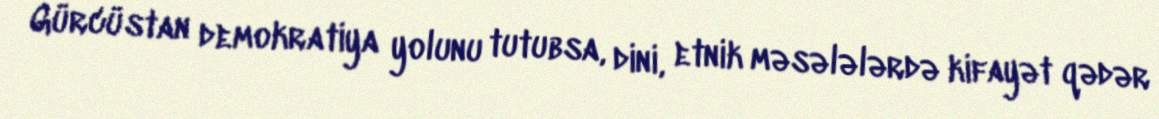
Gürcüstan demokratiya yolunu tutubsa, dini, etnik məsələlərdə kifayət qədər